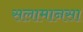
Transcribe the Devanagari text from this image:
सलामानसा